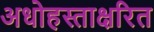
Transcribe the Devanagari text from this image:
अधोहस्ताक्षरित